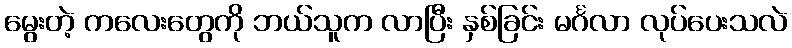
မွေးတဲ့ ကလေးတွေကို ဘယ်သူက လာပြီး နှစ်ခြင်း မင်္ဂလာ လုပ်ပေးသလဲ